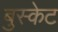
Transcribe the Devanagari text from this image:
बुस्केट